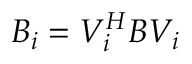
B _ { i } = V _ { i } ^ { H } B V _ { i }